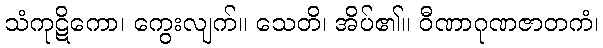
သံကုဋိကော၊ ကွေးလျက်။ သေတိ၊ အိပ်၏။ ဝီဏာဂုဏဇာတကံ၊